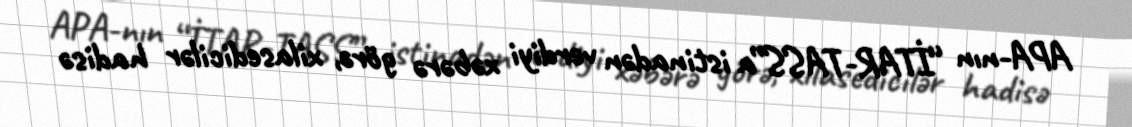
APA-nın “İTAR-TASS”a istinadən verdiyi xəbərə görə, xilasedicilər hadisə